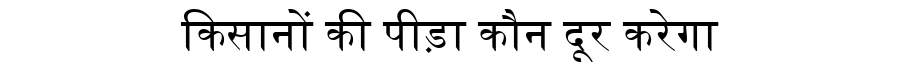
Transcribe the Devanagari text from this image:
किसानों की पीड़ा कौन दूर करेगा